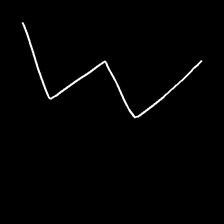
Glyph: crush